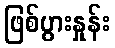
ဖြစ်ပွားနှုန်း